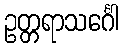
ဥတ္တရာသင်္ဂေါ